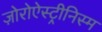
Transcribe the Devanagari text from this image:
ज़ोरोऐस्ट्रीनिस्म